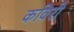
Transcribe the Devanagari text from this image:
कविरी